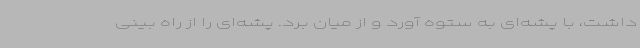
داشت، با پشه‌ای به ستوه آورد و از میان برد. پشه‌ای را از راه بینی